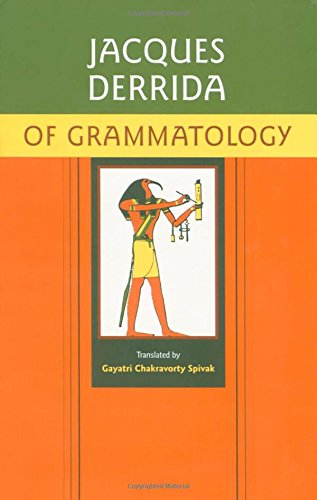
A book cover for Of Grammatology; Jacques Derrida; Politics & Social Sciences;